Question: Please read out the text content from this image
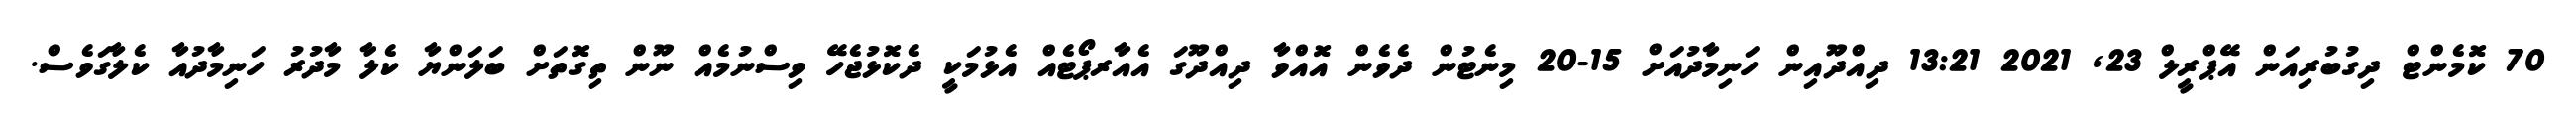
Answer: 70 ކޮމެންޓް ދިގުބުރިއަން އޭޕްރީލް 23, 2021 13:21 ދިއްދޫއިން ހަނިމާދުއަށް 15-20 މިނެޓުން ދެވެން އޮއްވާ ދިއްދޫގަ އެއާރޕޯޓެއް އެޅުމަކީ ދެކޮޅުޖެހޭ ވިސްނުމެއް ނޫން ތިގޮތަށް ބަލަންޔާ ކެލާ މާދުރު ހަނިމާދުއާ ކެލާގަވެސް.